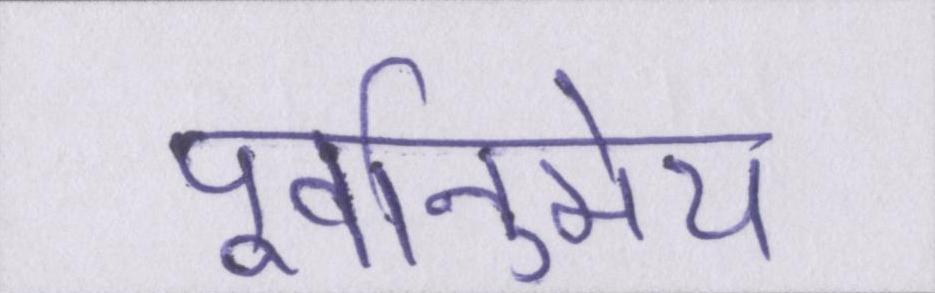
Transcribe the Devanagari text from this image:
पूर्वानुमेय